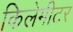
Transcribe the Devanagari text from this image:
किलेमीटर